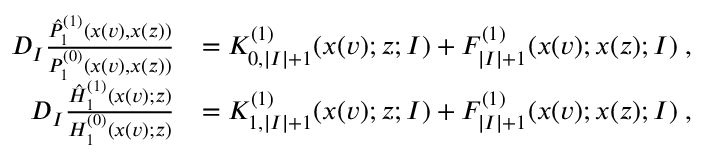
\begin{array} { r l } { D _ { I } \frac { \hat { P } _ { 1 } ^ { ( 1 ) } ( x ( v ) , x ( z ) ) } { P _ { 1 } ^ { ( 0 ) } ( x ( v ) , x ( z ) ) } } & { = K _ { 0 , | I | + 1 } ^ { ( 1 ) } ( x ( v ) ; z ; I ) + F _ { | I | + 1 } ^ { ( 1 ) } ( x ( v ) ; x ( z ) ; I ) \; , } \\ { D _ { I } \frac { \hat { H } _ { 1 } ^ { ( 1 ) } ( x ( v ) ; z ) } { H _ { 1 } ^ { ( 0 ) } ( x ( v ) ; z ) } } & { = K _ { 1 , | I | + 1 } ^ { ( 1 ) } ( x ( v ) ; z ; I ) + F _ { | I | + 1 } ^ { ( 1 ) } ( x ( v ) ; x ( z ) ; I ) \; , } \end{array}